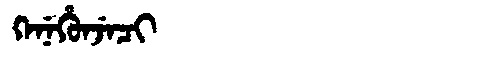
Manchu: ᡴᡝᠨᡝᡥᡠᠨᠵᡝᠴᡳ
Romanization: KENEHUNJECI